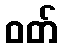
ဝတ်